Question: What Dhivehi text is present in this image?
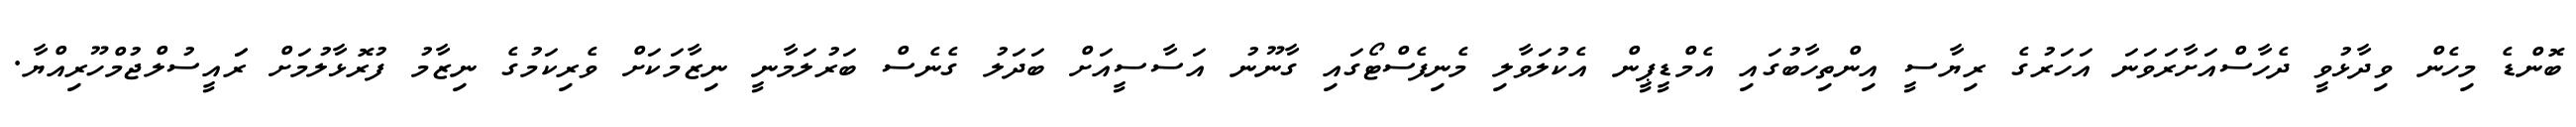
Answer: ބޮންޑެ މިހެން ވިދާޅުވީ ދެހާސްއަށާރަވަނަ އަހަރުގެ ރިޔާސީ އިންތިހާބުގައި އެމްޑީޕީން އެކުލަވާލި މެނިފެސްޓޯގައި ގާނޫނު އަސާސީއަށް ބަދަލު ގެނެސް ބަރުލަމާނީ ނިޒާމަކަށް ވެރިކަމުގެ ނިޒާމު ފުރޮޅާލުމަށް ރަައީސުލްޖުމްހޫރިއްޔާ.